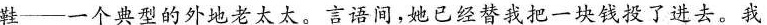
鞋——一个典型的外地老太太。言语间，她已经替我把一块钱投了进去。我